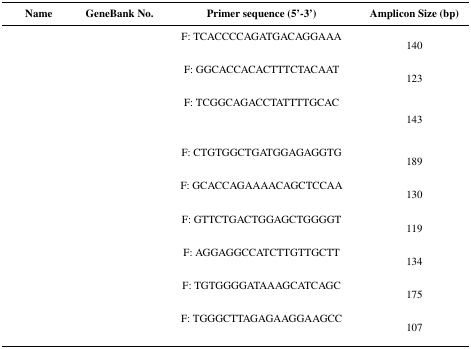
<table><thead><tr><td><b>Name</b></td><td><b>GeneBank No.</b></td><td><b>Primer sequence (5’-3’)</b></td><td><b>Amplicon Size (bp)</b></td></tr></thead><tbody><tr><td rowspan="2">[EMPTY_CELL]</td><td rowspan="2">[EMPTY_CELL]</td><td>F: TCACCCCAGATGACAGGAAA</td><td rowspan="2">140</td></tr><tr><td>[EMPTY_CELL]</td></tr><tr><td rowspan="2">[EMPTY_CELL]</td><td rowspan="2">[EMPTY_CELL]</td><td>F: GGCACCACACTTTCTACAAT</td><td rowspan="2">123</td></tr><tr><td>[EMPTY_CELL]</td></tr><tr><td rowspan="3">[EMPTY_CELL]</td><td rowspan="3">[EMPTY_CELL]</td><td>F: TCGGCAGACCTATTTTGCAC</td><td rowspan="3">143</td></tr><tr><td>[EMPTY_CELL]</td></tr><tr><td>[EMPTY_CELL]</td></tr><tr><td rowspan="2">[EMPTY_CELL]</td><td rowspan="2">[EMPTY_CELL]</td><td>F: CTGTGGCTGATGGAGAGGTG</td><td rowspan="2">189</td></tr><tr><td>[EMPTY_CELL]</td></tr><tr><td rowspan="2">[EMPTY_CELL]</td><td rowspan="2">[EMPTY_CELL]</td><td>F: GCACCAGAAAACAGCTCCAA</td><td rowspan="2">130</td></tr><tr><td>[EMPTY_CELL]</td></tr><tr><td rowspan="2">[EMPTY_CELL]</td><td rowspan="2">[EMPTY_CELL]</td><td>F: GTTCTGACTGGAGCTGGGGT</td><td rowspan="2">119</td></tr><tr><td>[EMPTY_CELL]</td></tr><tr><td rowspan="2">[EMPTY_CELL]</td><td rowspan="2">[EMPTY_CELL]</td><td>F: AGGAGGCCATCTTGTTGCTT</td><td rowspan="2">134</td></tr><tr><td>[EMPTY_CELL]</td></tr><tr><td rowspan="2">[EMPTY_CELL]</td><td rowspan="2">[EMPTY_CELL]</td><td>F: TGTGGGGATAAAGCATCAGC</td><td rowspan="2">175</td></tr><tr><td>[EMPTY_CELL]</td></tr><tr><td rowspan="2">[EMPTY_CELL]</td><td rowspan="2">[EMPTY_CELL]</td><td>F: TGGGCTTAGAGAAGGAAGCC</td><td rowspan="2">107</td></tr><tr><td>[EMPTY_CELL]</td></tr></tbody></table>